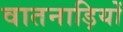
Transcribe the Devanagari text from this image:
वातनाड़ियों